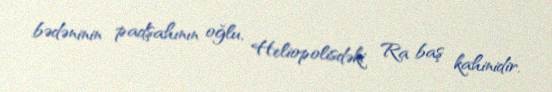
bədəninin padşahının oğlu, Heliopolisdəki Ra baş kahinidir.